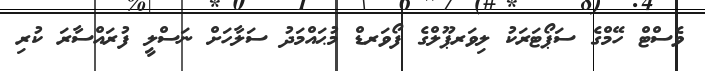
ވެސްޓް ހޭމްގެ ސަޕޯޓަރަކު ލިވަރޕޫލްގެ ފޯވަރޑް މުޙައްމަދު ސަލާހަށް ނަސްލީ ފުރައްސާރަ ކުރި